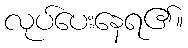
လုပ်ပေးနေရ၏။